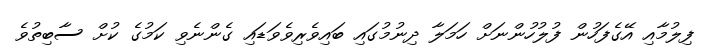
ފިލުމާއި އޭގެފަހުން ފުލުހުންނަށް ހަމަލާ ދިނުމުގައި ބައިވެރިވެވަޑައި ގެންނެވި ކަމުގެ ކުށް ސާބިތުވެ